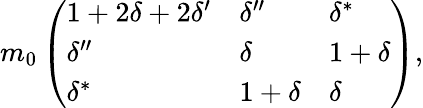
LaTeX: m_{0}\left(\begin{array}{lll}{{1+2\delta+2\delta^{\prime}}}&{{\delta^{\prime\prime}}}&{{\delta^{*}}}\\ {{\delta^{\prime\prime}}}&{{\delta}}&{{1+\delta}}\\ {{\delta^{*}}}&{{1+\delta}}&{{\delta}}\end{array}\right),